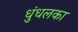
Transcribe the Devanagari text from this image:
धुंधलका